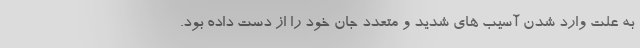
به علت وارد شدن آسیب های شدید و متعدد جان خود را از دست داده بود.